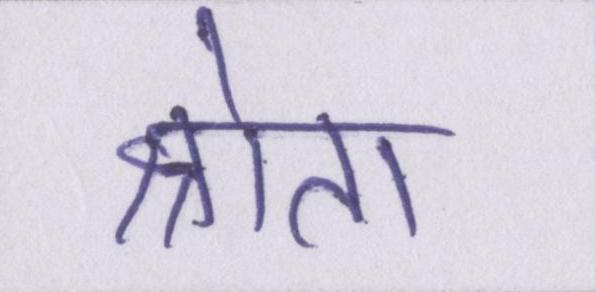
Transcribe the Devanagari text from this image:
श्रोता